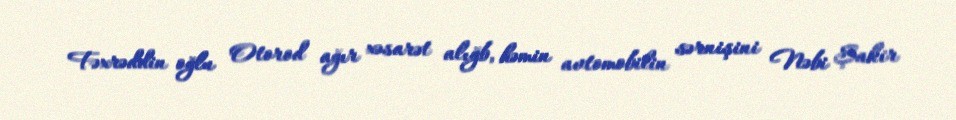
Fəxrəddin oğlu Otorod ağır xəsarət alığb, həmin avtomobilin sərnişini Nəbi Şakir